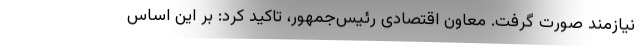
نیازمند صورت گرفت. معاون اقتصادی رئیس‌جمهور، تاکید کرد: بر این اساس